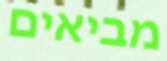
מביאים